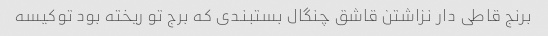
برنج قاطی دار نزاشتن قاشق چنگال بستبندی که برج تو ریخته بود تو‌کیسه